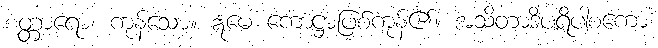
စတ္တာရော၊ ကုန်သော။ ဣမေ ကောဋ္ဌာဖြစ်ကုန်၏။ အသိတာဒိပရိပါစကော၊